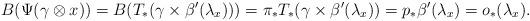
LaTeX: \begin{align*}B(\Psi(\gamma \otimes x)) = B(T_*(\gamma \times \beta'(\lambda_x))) = \pi_* T_*(\gamma \times \beta'(\lambda_x)) =p_* \beta'(\lambda_x) = o_*(\lambda_x).\end{align*}